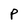
Character: P